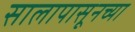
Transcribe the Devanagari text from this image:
सालापासूनच्या